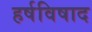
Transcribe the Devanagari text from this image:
हर्षविषाद